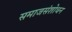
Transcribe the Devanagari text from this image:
समाजसंशोधन